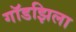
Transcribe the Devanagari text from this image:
गॉडझिला